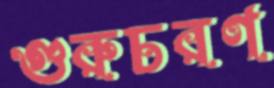
গুরুচরণ